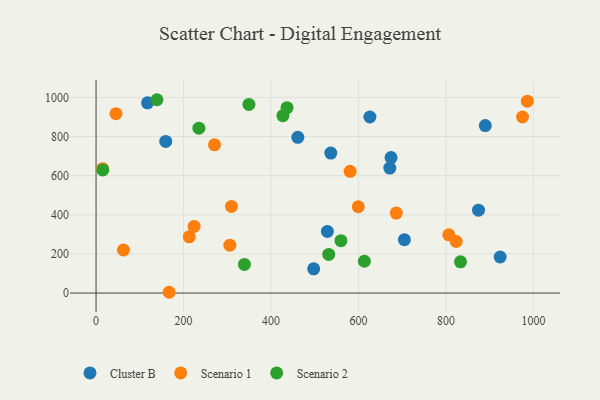
{"axis": {"x": "Experience", "y": "Exam Score"}, "legend": ["Cluster B", "Scenario 1", "Scenario 2"], "data": [{"x": "924.0", "y": 184.2, "type": "Cluster B"}, {"x": "159.3", "y": 775.1, "type": "Cluster B"}, {"x": "461.3", "y": 796.2, "type": "Cluster B"}, {"x": "671.6", "y": 638.6, "type": "Cluster B"}, {"x": "674.5", "y": 692.6, "type": "Cluster B"}, {"x": "890.0", "y": 856.3, "type": "Cluster B"}, {"x": "626.1", "y": 899.9, "type": "Cluster B"}, {"x": "536.7", "y": 715.3, "type": "Cluster B"}, {"x": "117.7", "y": 972.6, "type": "Cluster B"}, {"x": "874.5", "y": 423.5, "type": "Cluster B"}, {"x": "497.6", "y": 124.0, "type": "Cluster B"}, {"x": "528.9", "y": 315.2, "type": "Cluster B"}, {"x": "705.0", "y": 273.0, "type": "Cluster B"}, {"x": "823.5", "y": 263.6, "type": "Scenario 1"}, {"x": "986.2", "y": 980.9, "type": "Scenario 1"}, {"x": "213.1", "y": 287.2, "type": "Scenario 1"}, {"x": "62.6", "y": 220.1, "type": "Scenario 1"}, {"x": "224.2", "y": 340.7, "type": "Scenario 1"}, {"x": "45.5", "y": 917.0, "type": "Scenario 1"}, {"x": "15.0", "y": 635.8, "type": "Scenario 1"}, {"x": "167.1", "y": 4.0, "type": "Scenario 1"}, {"x": "309.7", "y": 442.9, "type": "Scenario 1"}, {"x": "599.5", "y": 441.2, "type": "Scenario 1"}, {"x": "975.1", "y": 900.0, "type": "Scenario 1"}, {"x": "806.6", "y": 297.9, "type": "Scenario 1"}, {"x": "580.8", "y": 622.2, "type": "Scenario 1"}, {"x": "270.8", "y": 757.8, "type": "Scenario 1"}, {"x": "305.9", "y": 244.8, "type": "Scenario 1"}, {"x": "686.4", "y": 408.9, "type": "Scenario 1"}, {"x": "339.2", "y": 146.6, "type": "Scenario 2"}, {"x": "139.2", "y": 988.2, "type": "Scenario 2"}, {"x": "436.6", "y": 947.8, "type": "Scenario 2"}, {"x": "833.3", "y": 159.7, "type": "Scenario 2"}, {"x": "559.9", "y": 268.0, "type": "Scenario 2"}, {"x": "532.0", "y": 197.3, "type": "Scenario 2"}, {"x": "349.5", "y": 964.0, "type": "Scenario 2"}, {"x": "613.5", "y": 162.7, "type": "Scenario 2"}, {"x": "15.4", "y": 629.2, "type": "Scenario 2"}, {"x": "427.2", "y": 906.8, "type": "Scenario 2"}, {"x": "235.1", "y": 842.8, "type": "Scenario 2"}]}